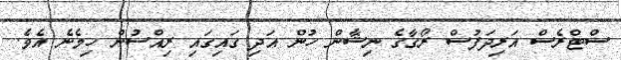
ސްޓްރެސް އަރިދަފުސް ރޯގާގެ ނިޝާން ހުން އަދި ގައިގައި ރިއްސުން ހިމެނެ އެވެ.